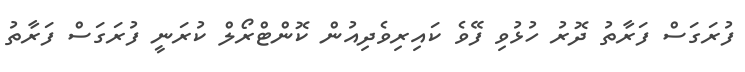
ފުރަގަސް ފަރާތު ދޮރު ހުޅުވި ފޭވެ ކައިރިވެދިއުން ކޮންޓްރޯލް ކުރަނީ ފުރަގަސް ފަރާތު